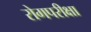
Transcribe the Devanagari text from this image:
रोगपरीक्षा